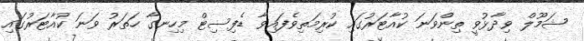
ޝަމޫލް ވިދާޅުވީ ތިންވަނަ ކުއާޓަރުގައި ކުރިމަތިވެފައިވާ ޑެފިސިޓް މިހިނގާ ހަތަރު ވަނަ ކުއާޓަރުގައި